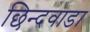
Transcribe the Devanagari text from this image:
छिन्दवाडा